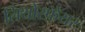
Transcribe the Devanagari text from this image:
लिथोस्फ़ेयर